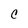
Character: C